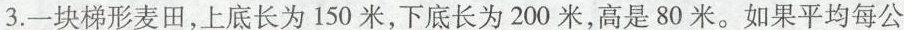
3.一块梯形麦田，上底长为150米，下底长为200米，高是80米。如果平均每公